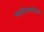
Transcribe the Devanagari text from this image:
मनोरचनेवर